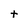
Character: t